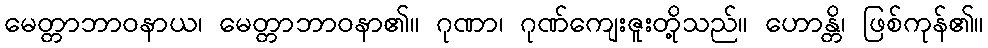
မေတ္တာဘာဝနာယ၊ မေတ္တာဘာဝနာ၏။ ဂုဏာ၊ ဂုဏ်ကျေးဇူးတို့သည်။ ဟောန္တိ၊ ဖြစ်ကုန်၏။